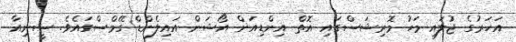
އަހަރުގެ ޖުލައި މަހު މޮރިޝަސްގައި އޮތް އިންޑިއަން އޯޝަން އައިލެންޑް ގޭމްސްގައެވެ. ސީނިއާ